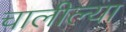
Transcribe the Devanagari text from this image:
चालील्या